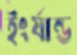
ইংর্যান্ড